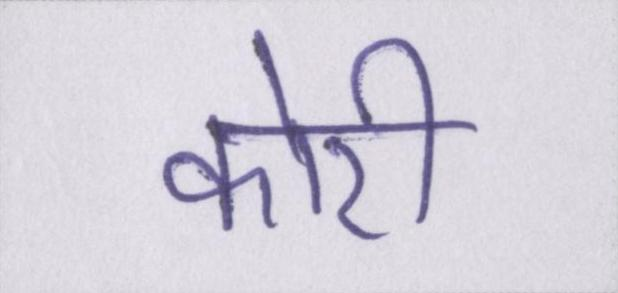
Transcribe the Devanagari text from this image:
कोरी